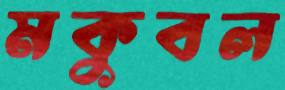
মকুবল